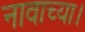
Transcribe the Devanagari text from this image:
नावाच्या।